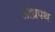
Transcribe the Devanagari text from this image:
आंध्रपथ